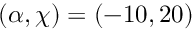
( \alpha , \chi ) = ( - 1 0 , 2 0 )